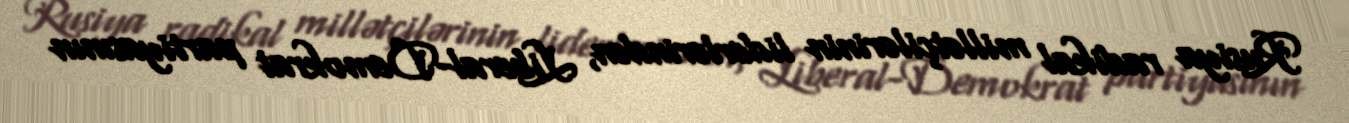
Rusiya radikal millətçilərinin liderlərindən, Liberal-Demokrat partiyasının